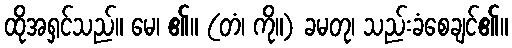
ထိုအရှင်သည်။ မေ၊ ၏။ (တံ၊ ကို။) ခမတု၊ သည်းခံစေချင်၏။